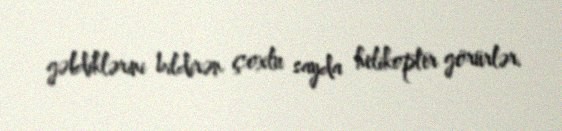
gəldiklərini bildirən çoxlu sayda helikopter görürlər.